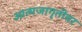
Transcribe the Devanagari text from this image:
आत्मजागृतीवर